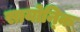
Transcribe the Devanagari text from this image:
सायोनि्क